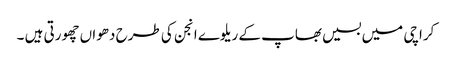
کراچی میں بسیں بھاپ کے ریلوے انجن کی طرح دھواں چھورتی ہیں ۔